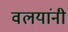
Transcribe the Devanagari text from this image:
वलयांनी